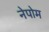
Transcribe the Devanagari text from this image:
नेपोम